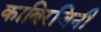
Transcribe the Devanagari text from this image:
काबिरजिनी